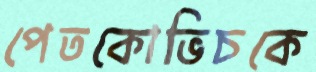
পেতকোভিচকে